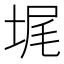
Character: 𰉵